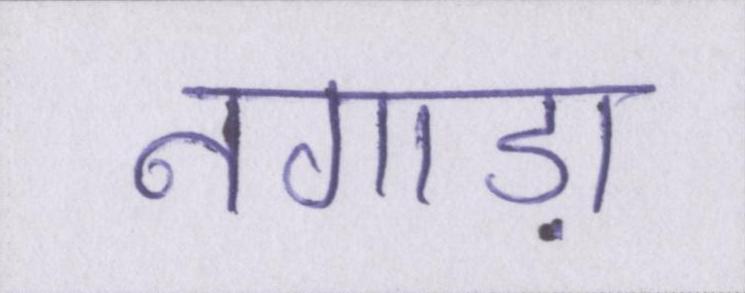
नगाड़ा